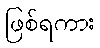
ဖြစ်ရကား